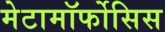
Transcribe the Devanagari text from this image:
मेटामॉर्फोसिस